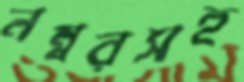
নম্বরসহ